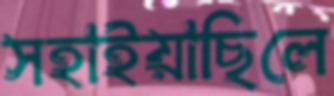
সহাইয়াছিলে